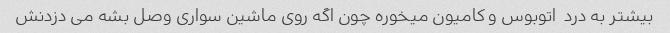
بیشتر به درد  اتوبوس و کامیون میخوره چون اگه روی ماشین سواری وصل بشه می دزدنش